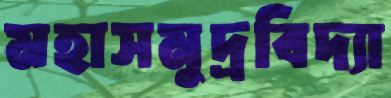
মহাসমুদ্রবিদ্যা